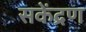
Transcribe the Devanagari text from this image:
सकेंद्रण